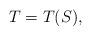
LaTeX: \begin{align*}T=T(S),\end{align*}